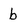
Character: b